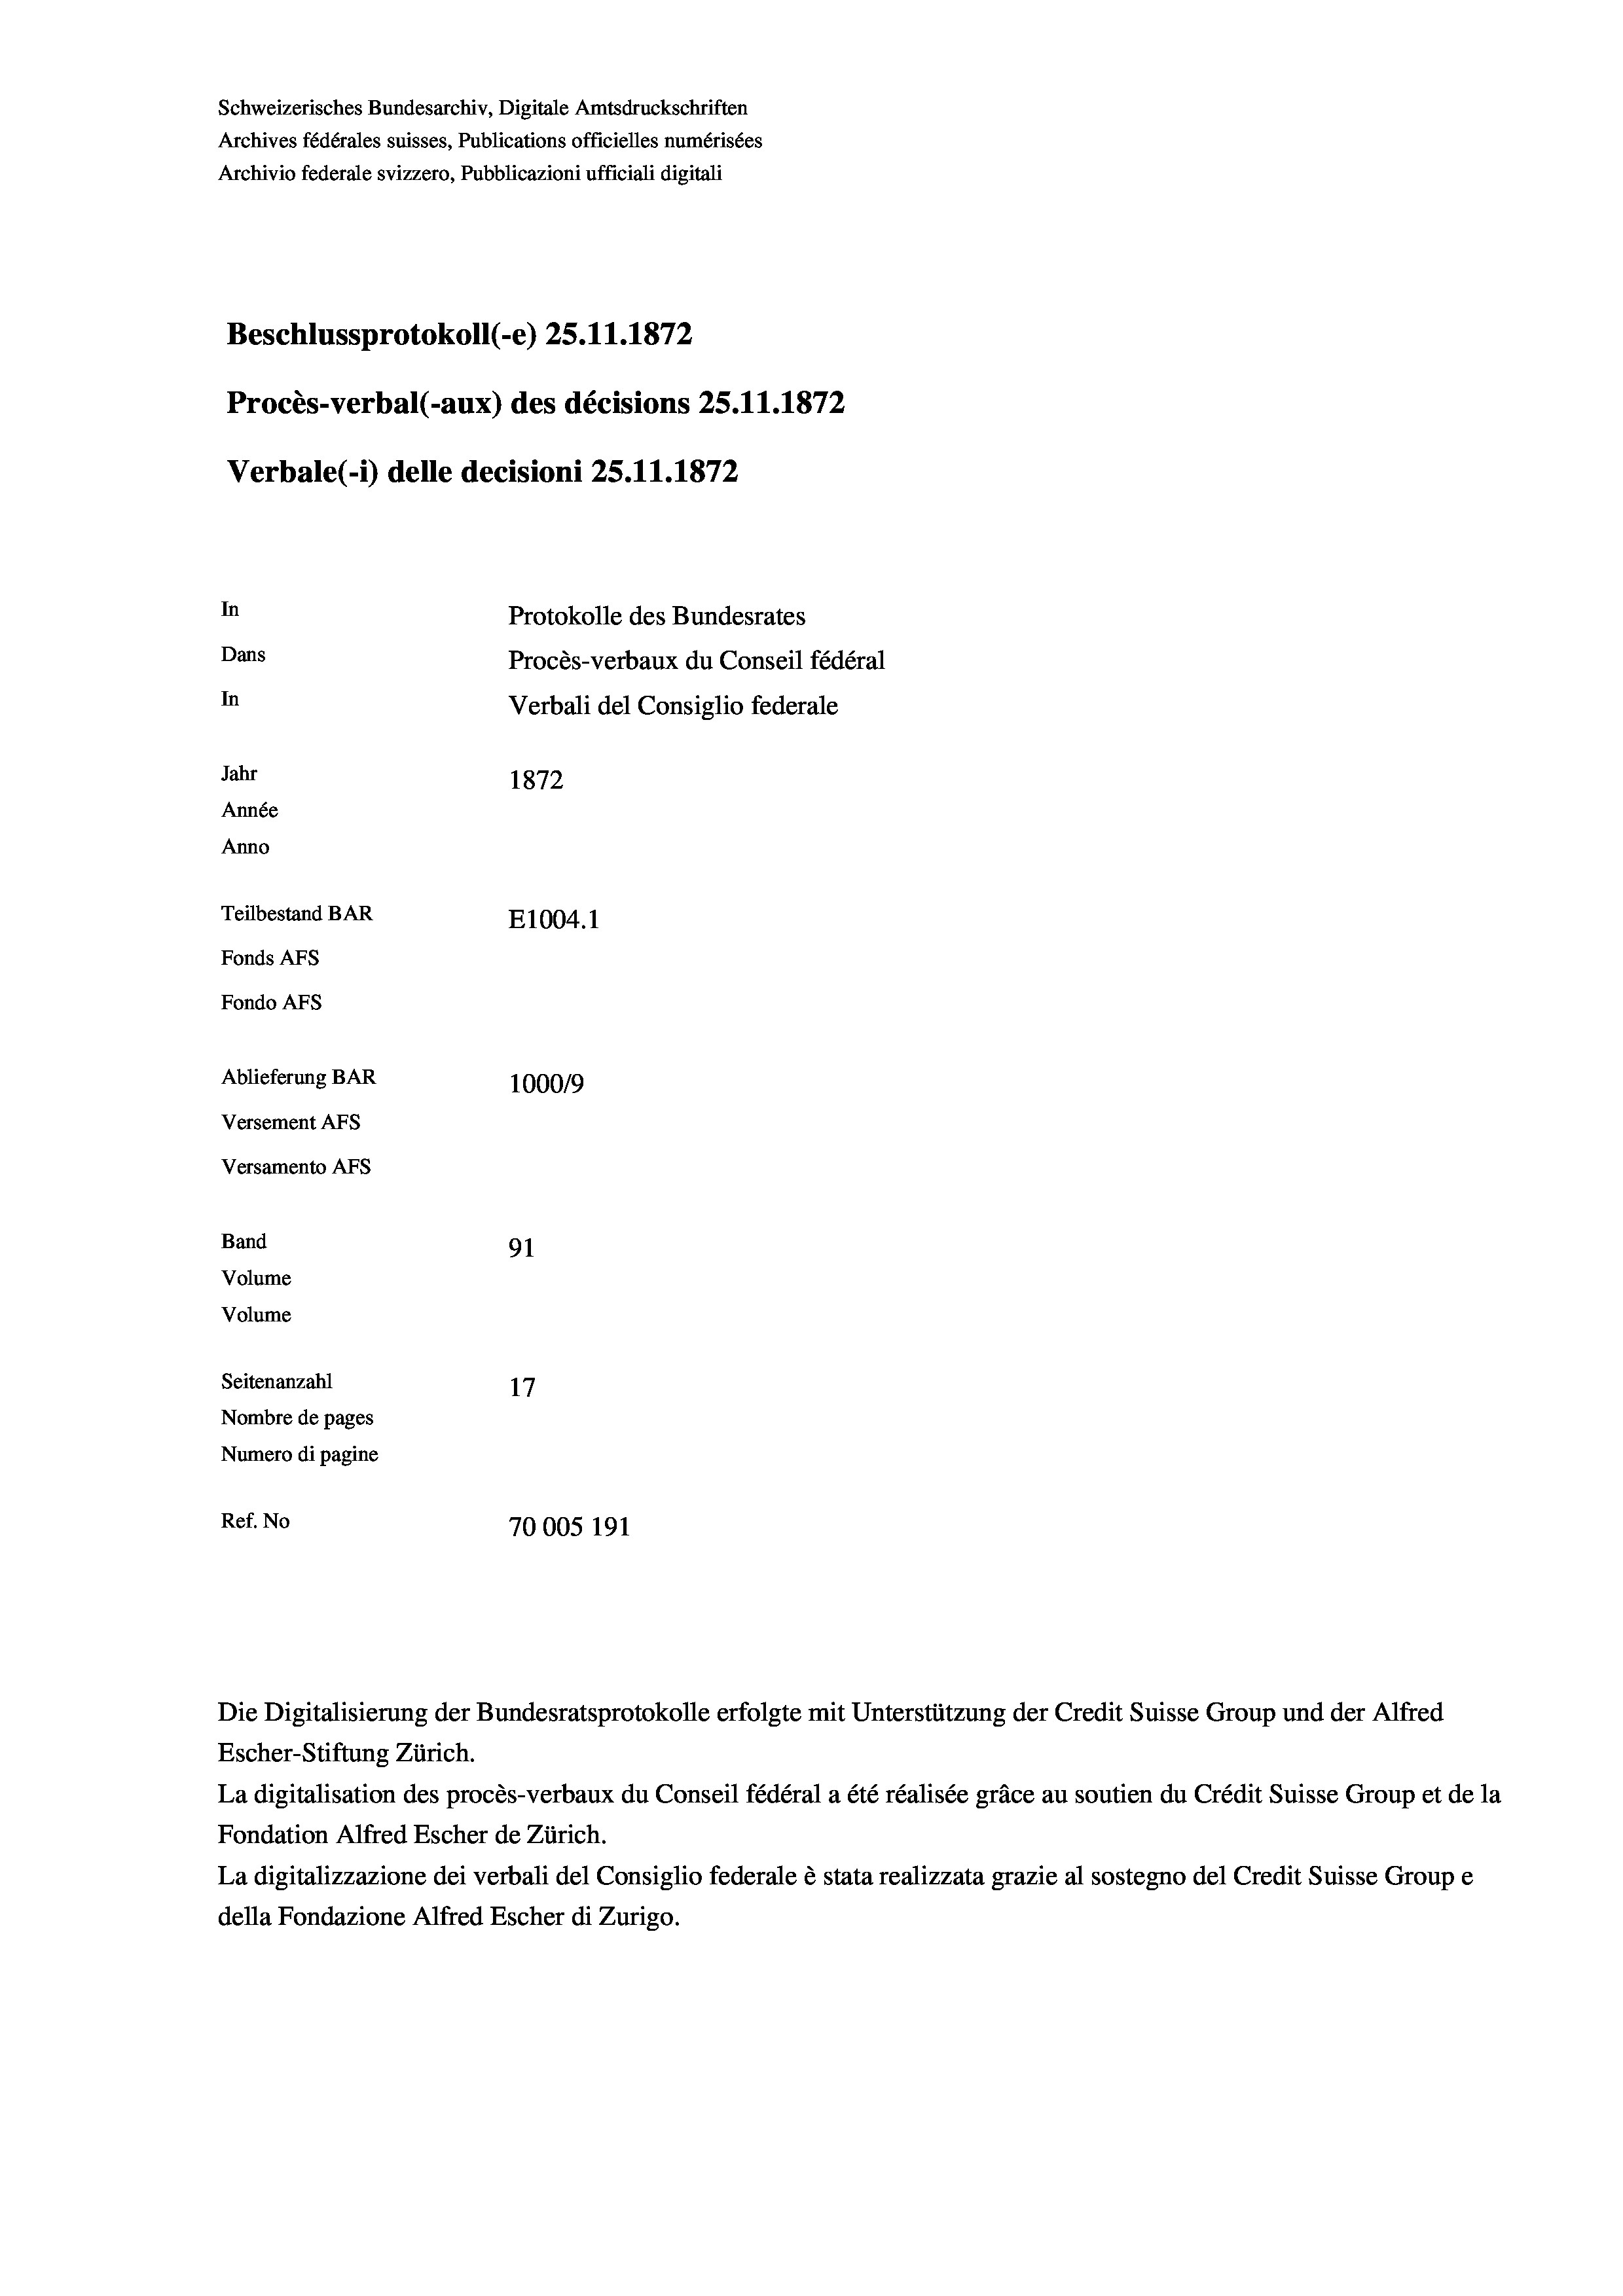
Schweizerisches Bundesarchiv, Digitale Amtsdruckschriften
Archives fédérales suisses, Publications officielles numérisées
Archivio federale svizzero, Pubblicazioni ufficiali digitali
Beschlussprotokoll (-e) 25.11.1872
Procès-verbal (-aux) des décisions 25.11.1872
Verbale (- 1) delle decisioni 25.11.1872
In
Protokolle des Bundesrates
Dans
Procès-verbaux du Conseil fédéral
In
Verbali del Consiglio federale
Jahr
1872
Année
Anno
Teilbestand BAR
E1004. 1
Fonds Afs
Fondo AFs
Ablieferung BAR
100019
Versement Abs
Versamento Afs
Band
91
Volume
Volume

Seitenanzahl
Nombre de pages
Numero di pagine
Ref. No
70005 191

Escher-Stiftung Zürich.
La digitalisation des procès-verbaux du Conseil fédéral a été réalisée gräce au soutien du Crédit Suisse Group et de la
Fondation Alfred Escher de Zürich.
La digitalizzazione dei verbali del Consiglio federale è stata realizzata grazie al sostegno del Credit Suisse Groupe
della Fondazione Alfred Escher di Zurigo.

Die Digitalisierung der Bundesratsprotokolle erfolgte mit Unterstützung der Credit Suisse Group und der Alfred